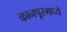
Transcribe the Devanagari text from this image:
कानपूरमध्ये